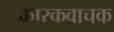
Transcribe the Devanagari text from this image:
कारकवाचक